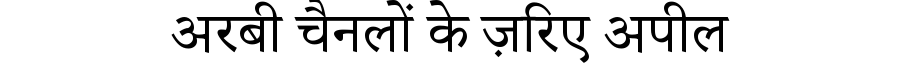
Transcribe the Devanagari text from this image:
अरबी चैनलों के ज़रिए अपील